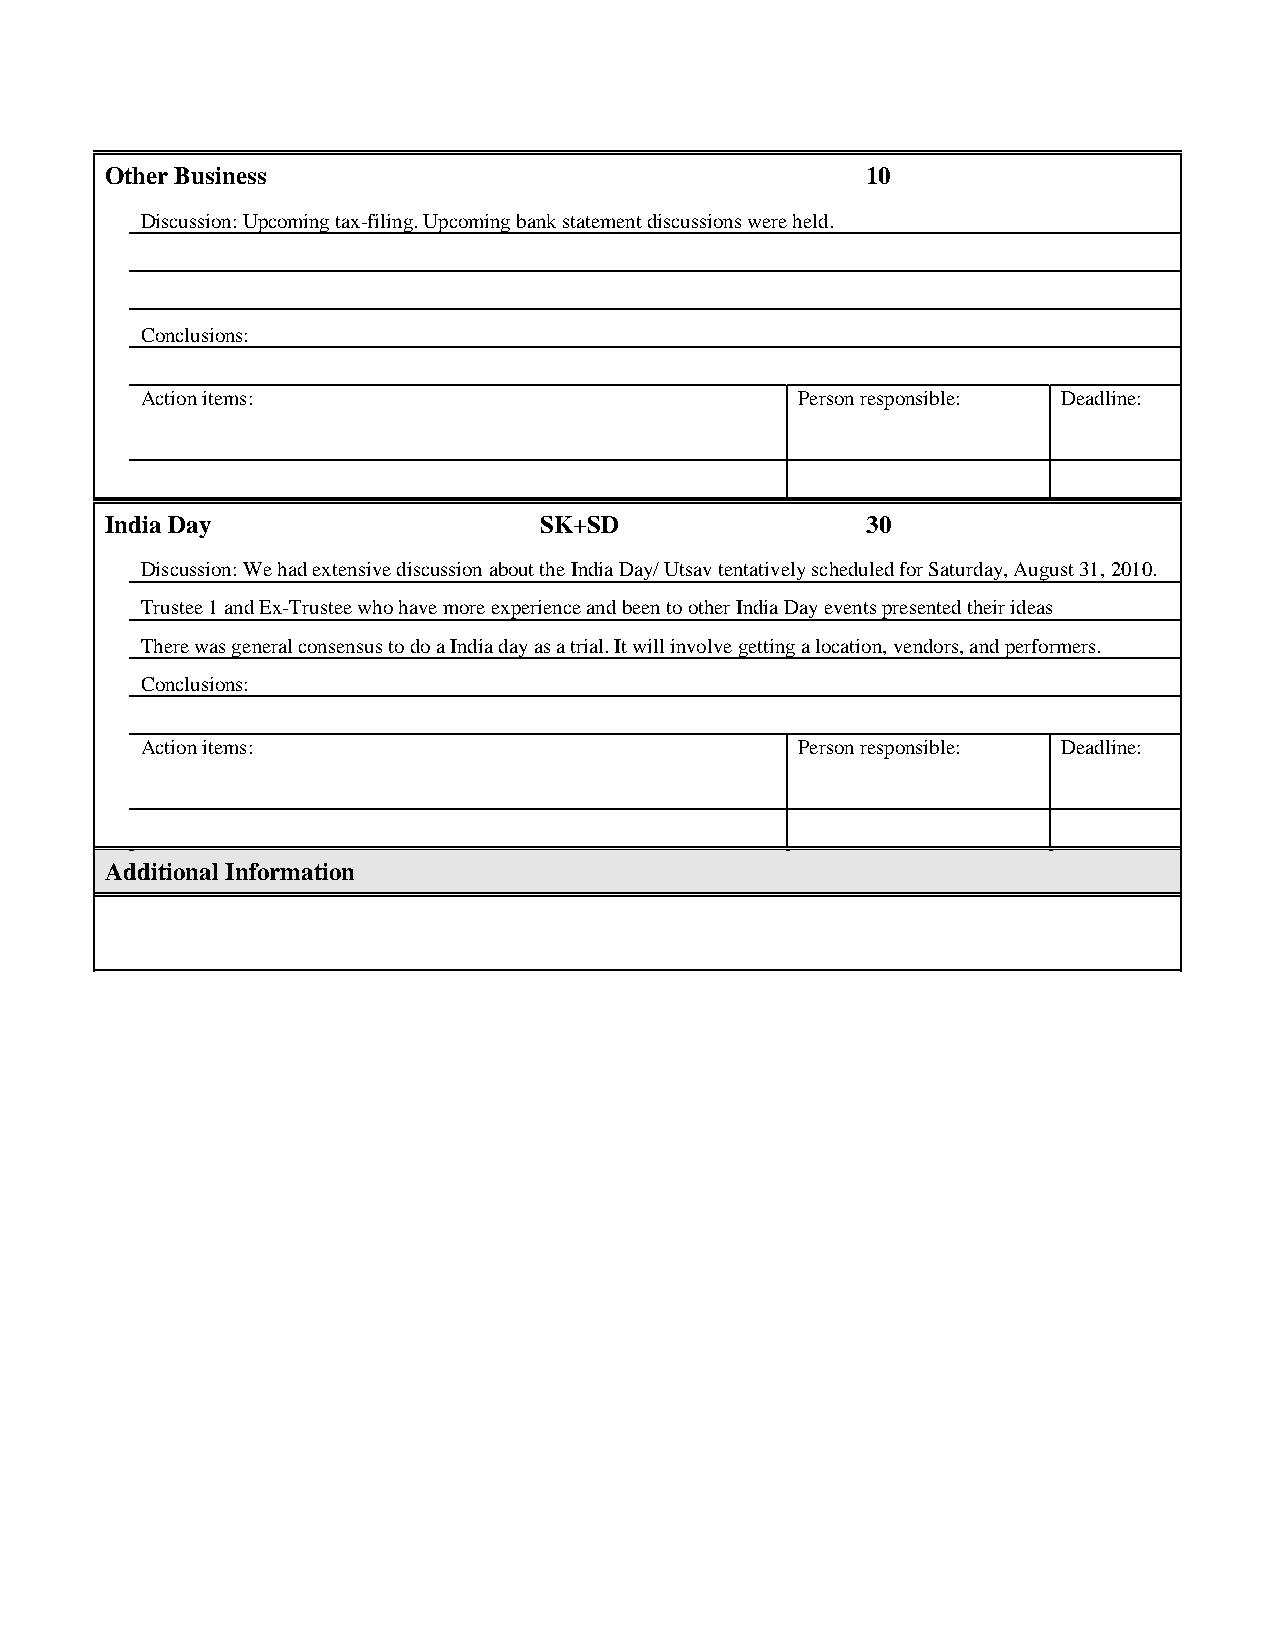
Other Business                                    10
 Discussion: Upcoming tax-filing. Upcoming bank statement discussions were held.
 Conclusions:
 Action items:                               Person responsible: Deadline:
 India Day                    SK+SD                30
 Discussion: We had extensive discussion about the India Day/ Utsav tentatively scheduled for Saturday, August 31, 2010.
 Trustee 1 and Ex-Trustee who have more experience and been to other India Day events presented their ideas
 There was general consensus to do a India day as a trial. It will involve getting a location, vendors, and performers.
 Conclusions:
 Action items:                               Person responsible: Deadline:
 Additional Information